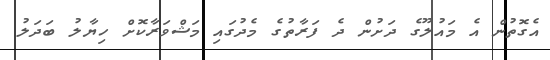
އެގޮތުން އެ މައުލޫގެ ދަށުން ދެ ފަރާތުގެ މެދުގައި މަޝްވަރާކޮށް ހިޔާލު ބަދަލު